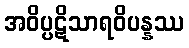
အဝိပ္ပဋိသာရဝိပန္နဿ